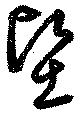
堅